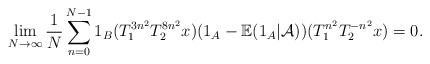
\begin{align*}\lim_{N\rightarrow \infty}\frac{1}{N}\sum_{n=0}^{N-1}1_B(T_{1}^{3n^2} T_{2}^{8n^2}x)(1_{A}-\mathbb{E}(1_A|\mathcal{A}))(T_{1}^{n^2} T_{2}^{-n^2}x)=0.\end{align*}